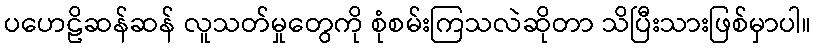
ပဟေဠိဆန်ဆန် လူသတ်မှုတွေကို စုံစမ်းကြသလဲဆိုတာ သိပြီးသားဖြစ်မှာပါ။